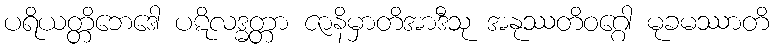
ပရိယတ္တိဘေဒေါ ပဋိလဒ္ဓတ္တာ ဇာနိမှာတိအာဒီသု အနုဿတိဝဂ္ဂေါ မုခမဿာတိ